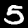
Digit: 5